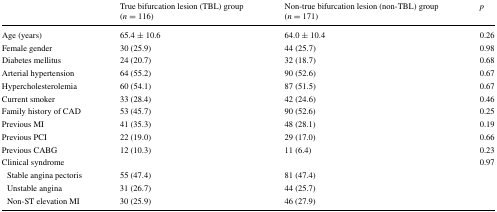
<table><thead><tr><td></td><td><b>True bifurcation lesion (TBL) group(<i>n</i> = 116)</b></td><td><b>Non-true bifurcation lesion (non-TBL) group(<i>n</i> = 171)</b></td><td><b><i>p</i></b></td></tr></thead><tbody><tr><td>Age (years)</td><td>65.4 ± 10.6</td><td>64.0 ± 10.4</td><td>0.26</td></tr><tr><td>Female gender</td><td>30 (25.9)</td><td>44 (25.7)</td><td>0.98</td></tr><tr><td>Diabetes mellitus</td><td>24 (20.7)</td><td>32 (18.7)</td><td>0.68</td></tr><tr><td>Arterial hypertension</td><td>64 (55.2)</td><td>90 (52.6)</td><td>0.67</td></tr><tr><td>Hypercholesterolemia</td><td>60 (54.1)</td><td>87 (51.5)</td><td>0.67</td></tr><tr><td>Current smoker</td><td>33 (28.4)</td><td>42 (24.6)</td><td>0.46</td></tr><tr><td>Family history of CAD</td><td>53 (45.7)</td><td>90 (52.6)</td><td>0.25</td></tr><tr><td>Previous MI</td><td>41 (35.3)</td><td>48 (28.1)</td><td>0.19</td></tr><tr><td>Previous PCI</td><td>22 (19.0)</td><td>29 (17.0)</td><td>0.66</td></tr><tr><td>Previous CABG</td><td>12 (10.3)</td><td>11 (6.4)</td><td>0.23</td></tr><tr><td>Clinical syndrome</td><td></td><td></td><td>0.97</td></tr><tr><td> Stable angina pectoris</td><td>55 (47.4)</td><td>81 (47.4)</td><td></td></tr><tr><td> Unstable angina</td><td>31 (26.7)</td><td>44 (25.7)</td><td></td></tr><tr><td> Non-ST elevation MI</td><td>30 (25.9)</td><td>46 (27.9)</td><td></td></tr></tbody></table>